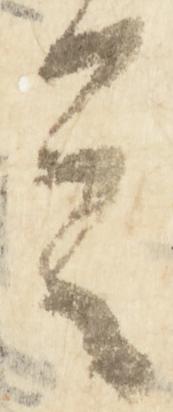
言